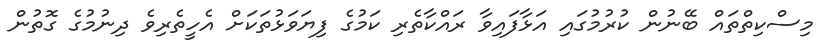
މިސްކިތްތައް ބޭނުން ކުރުމުގައި އަޅާފައިވާ ރައްކާތެރި ކަމުގެ ފިޔަވަޅުތަކަށް އެހީތެރިވެ ދިނުމުގެ ގޮތުން